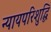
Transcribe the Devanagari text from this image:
न्यायपरिशुद्धि